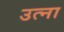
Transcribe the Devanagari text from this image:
उत्ना